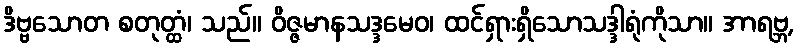
ဒိဗ္ဗသောတ စတုတ္ထံ၊ သည်။ ဝိဇ္ဇမာနသဒ္ဒမေဝ၊ ထင်ရှားရှိသောသဒ္ဒါရုံကိုသာ။ အာရဗ္ဘ,